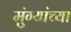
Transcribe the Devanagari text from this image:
मुंग्यांच्या